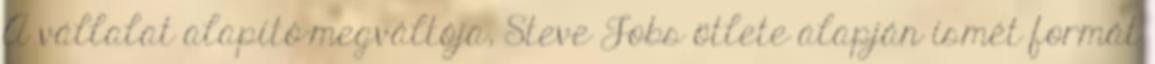
A vállalat alapító-megváltója, Steve Jobs ötlete alapján ismét formát